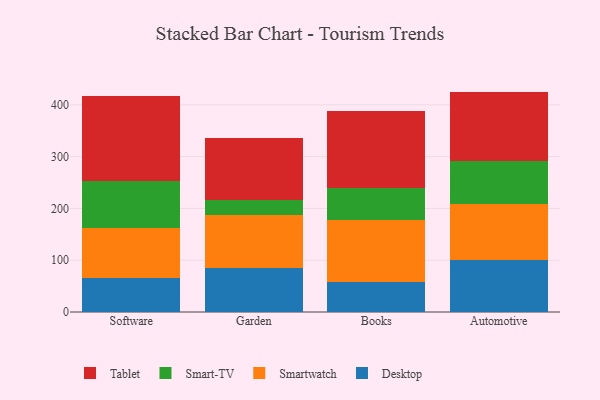
{"axis": {"x": "Category", "y": "Operating Costs (USD K)"}, "legend": ["Desktop", "Smart-TV", "Smartwatch", "Tablet"], "data": [{"x": "Software", "y": 65.3, "type": "Desktop"}, {"x": "Software", "y": 96.3, "type": "Smartwatch"}, {"x": "Software", "y": 91.2, "type": "Smart-TV"}, {"x": "Software", "y": 164.6, "type": "Tablet"}, {"x": "Garden", "y": 85.6, "type": "Desktop"}, {"x": "Garden", "y": 100.9, "type": "Smartwatch"}, {"x": "Garden", "y": 28.8, "type": "Smart-TV"}, {"x": "Garden", "y": 120.8, "type": "Tablet"}, {"x": "Books", "y": 58.7, "type": "Desktop"}, {"x": "Books", "y": 119.5, "type": "Smartwatch"}, {"x": "Books", "y": 60.7, "type": "Smart-TV"}, {"x": "Books", "y": 149.9, "type": "Tablet"}, {"x": "Automotive", "y": 99.8, "type": "Desktop"}, {"x": "Automotive", "y": 108.5, "type": "Smartwatch"}, {"x": "Automotive", "y": 82.6, "type": "Smart-TV"}, {"x": "Automotive", "y": 134.6, "type": "Tablet"}]}